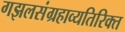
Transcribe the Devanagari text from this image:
गझलसंग्रहाव्यतिरिक्त